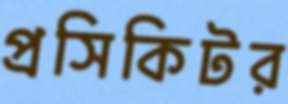
প্রসিকিটর